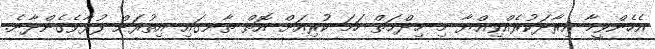
އެހެންވީމާ އިރާދަކުރެއްވިއްޔާ މި ޚިދްމަތް ހަމަ ކުރިއަށް އޮތް ތާނގައި އިތުރަށް ފުޅާވެގެންދާނެ.